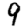
Digit: 9